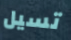
تسيل